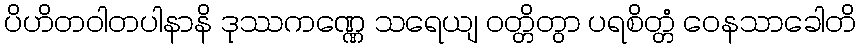
ပိဟိတဝါတပါနာနိ ဒုဿကဏ္ဏေ သရေယျ ဝတ္တိတွာ ပရစိတ္တံ ဝေနသာခေါတိ